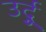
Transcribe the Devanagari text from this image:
उर्दुू